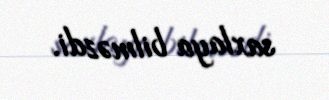
saxlaya bilməzdi.